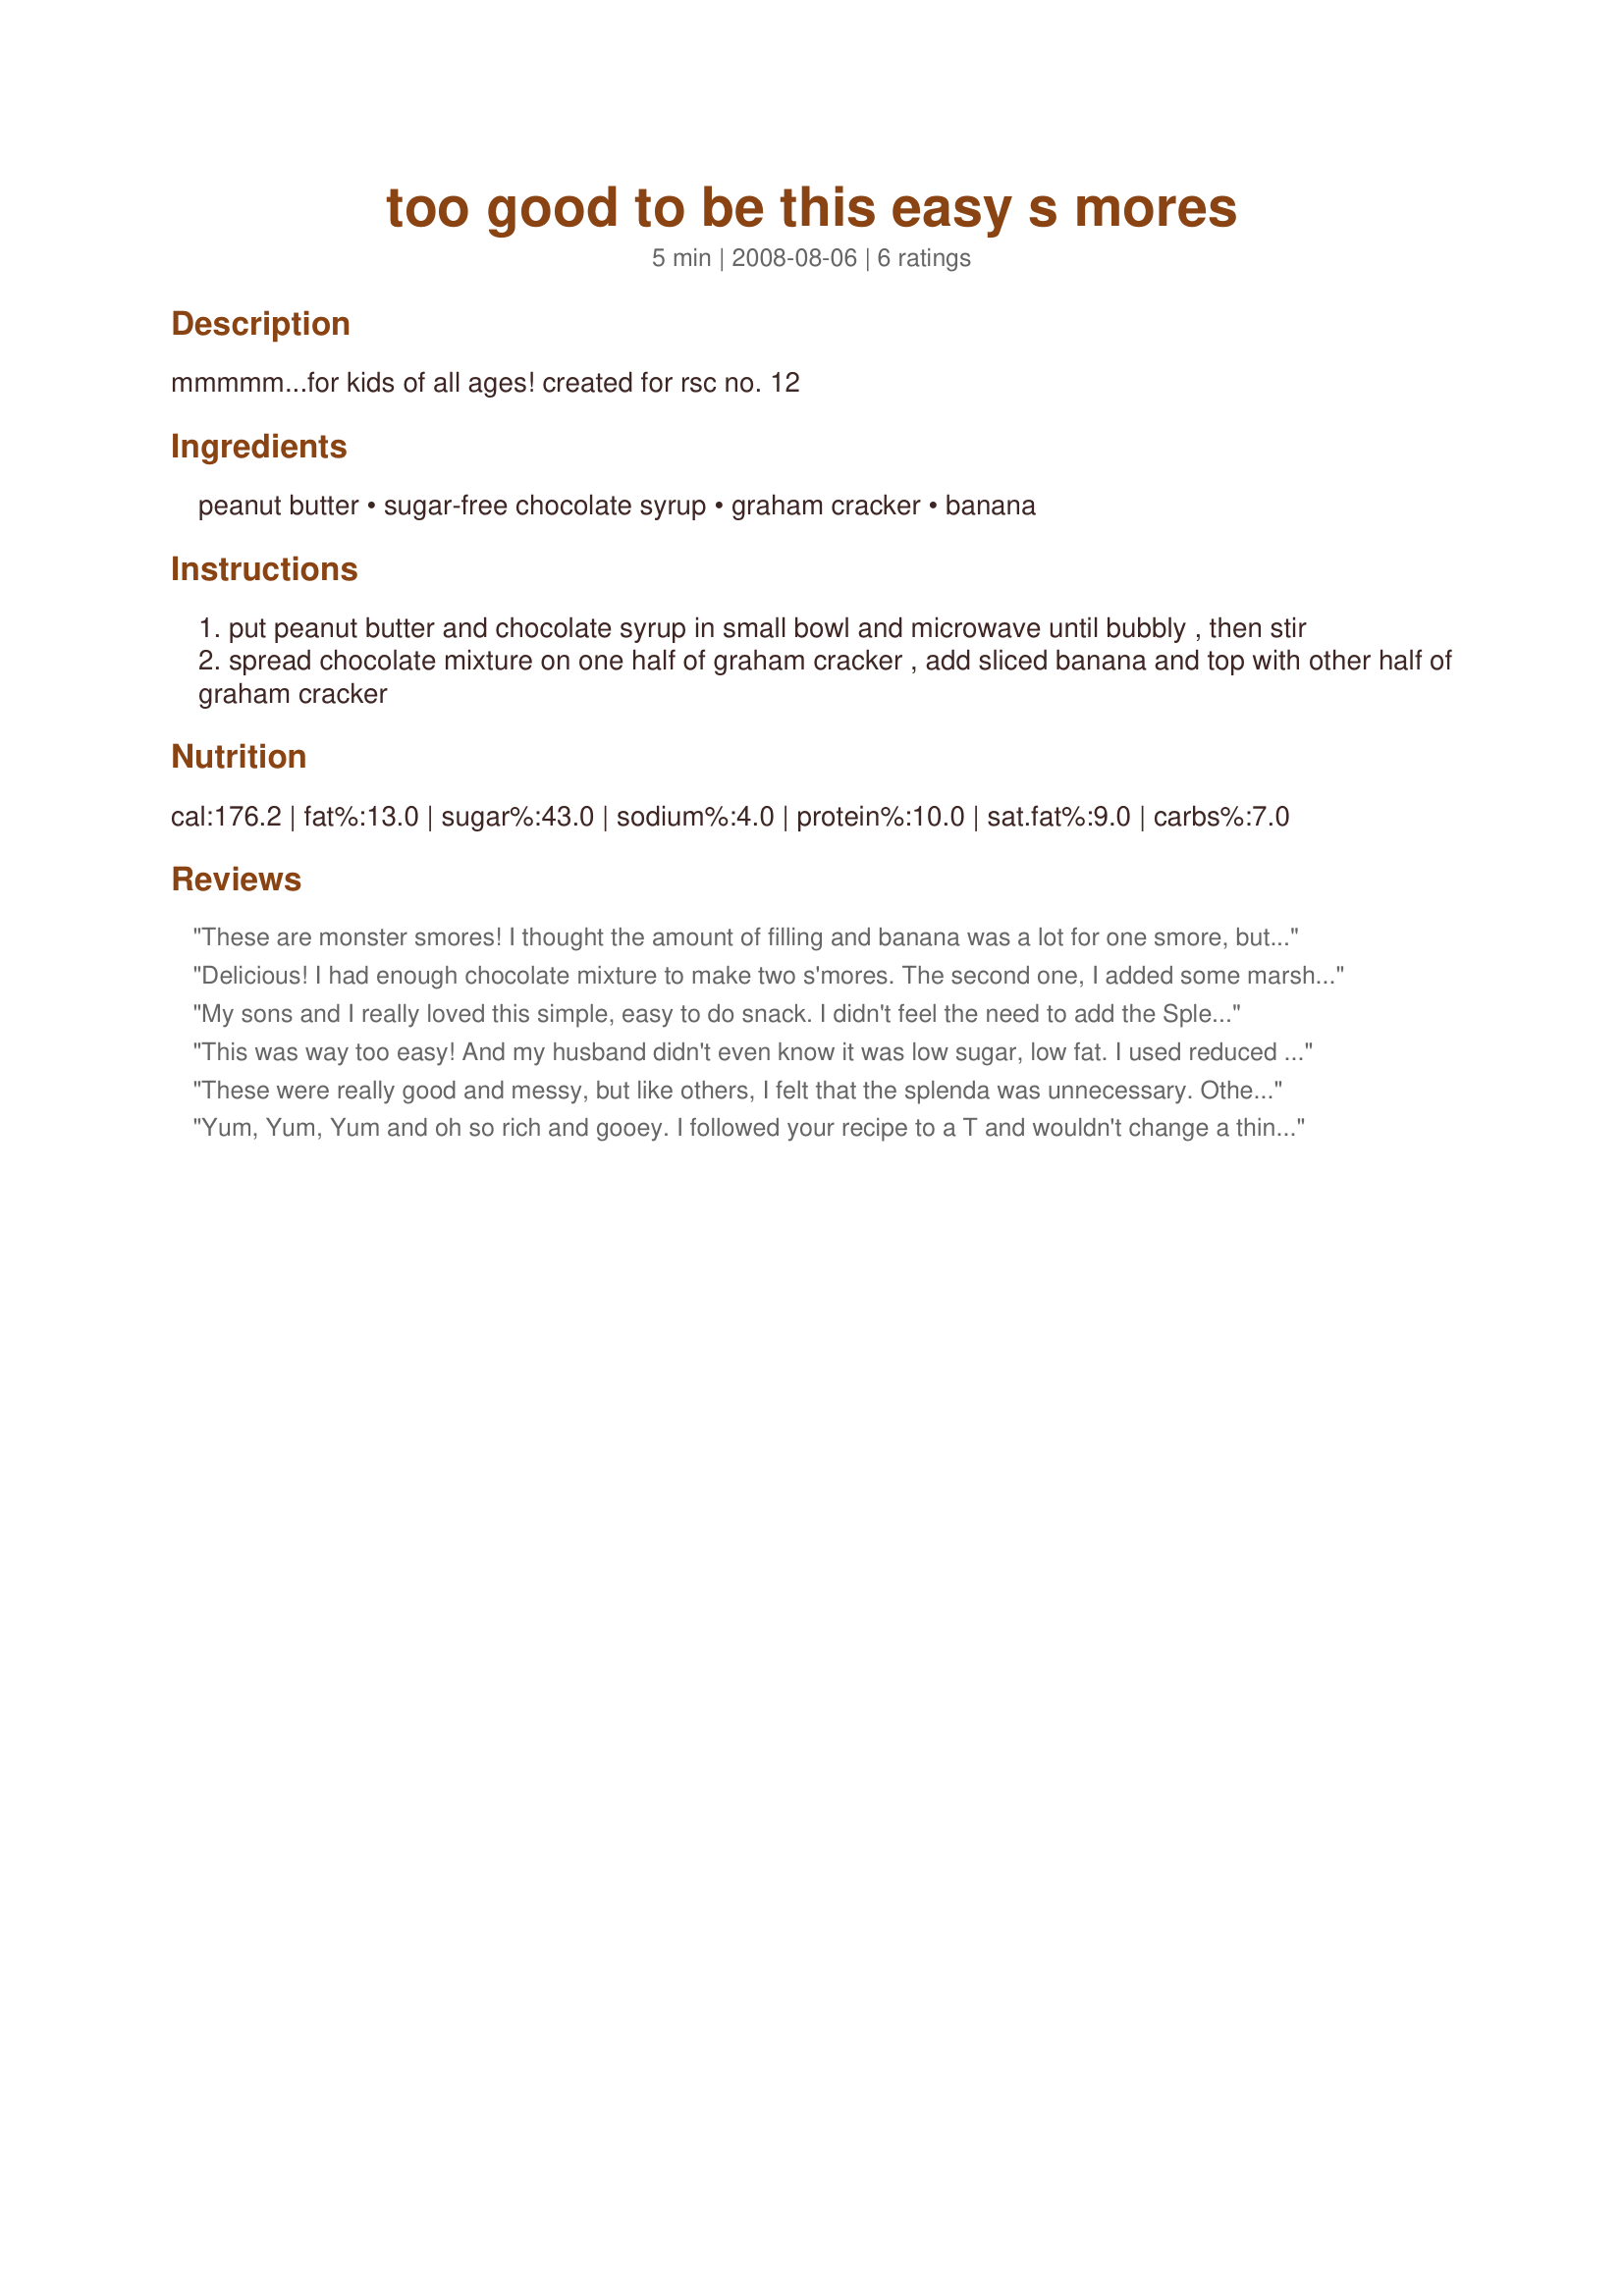
too good to be this easy s mores
Preparation time: 5 minutes

mmmmm...for kids of all ages! created for rsc no. 12

Ingredients:
peanut butter, sugar-free chocolate syrup, graham cracker, banana

Steps:
put peanut butter and chocolate syrup in small bowl and microwave until bubbly , then stir
spread chocolate mixture on one half of graham cracker , add sliced banana and top with other half of graham cracker

Reviews:
These are monster smores! I thought the amount of filling and banana was a lot for one smore, but it is perfect, as long as you do not mind getting all 10 fingers messy! I think it would also work to split the filling in half and have them as two open face smores (if you did not want to wash up afterward). The flavor combination in this dessert is great, who can resist peanut butter, chocolate and bananas together! Note: 1 graham cracker in the ingredient list is 1 sheet of graham crackers, or 2 crackers.
Delicious! I had enough chocolate mixture to make two s'mores. The second one, I added some marshmallow fluff to make it more s'moreish - and moreish! Yum yum yum! Will definitely be made again. Thanks and good luck in the contest!
My sons and I really loved this simple, easy to do snack. I didn't feel the need to add the Splenda after the first time we made it and I couldn't tell the difference the second (and third.....we really liked this!!) Made for RSC#12.
This was way too easy! And my husband didn't even know it was low sugar, low fat. I used reduced fat beanut butter and graham crackers. I was so happy about how gooey the chocolate peanut butter mixture came out, it was like eating a s'more with a chocolate marshmellow. Yummy!
These were really good and messy, but like others, I felt that the splenda was unnecessary. Otherwise, great recipe :)
Yum, Yum, Yum and oh so rich and gooey. I followed your recipe to a T and wouldn't change a thing. How can you go wrong with just these few simple ingredients. This would be a great combination on toast. O.K....tried that too:-)!!! Made for RSC#12.!
